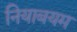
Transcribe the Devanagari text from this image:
नियाबयम